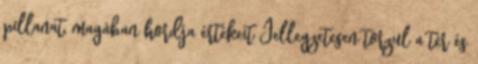
pillanat, magában hordja értékeit Jellegzetesen torzul a tér és